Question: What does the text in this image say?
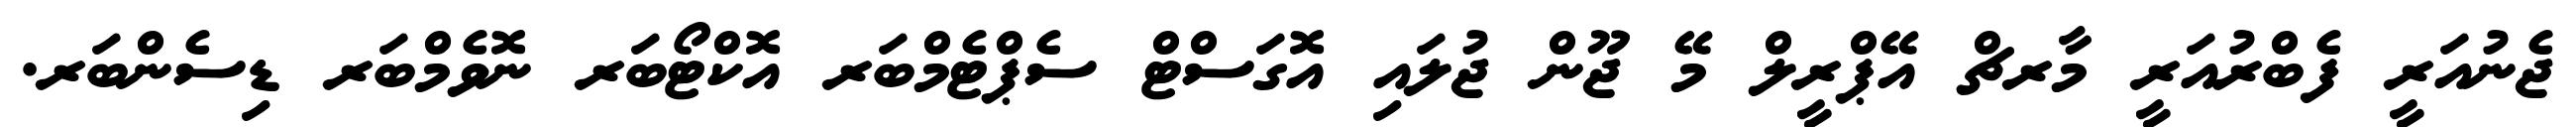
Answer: ޖެނުއަރީ ފެބްރުއަރީ މާރޗް އޭޕްރީލް މޭ ޖޫން ޖުލައި އޮގަސްޓް ސެޕްޓެމްބަރ އޮކްޓޯބަރ ނޮވެމްބަރ ޑިސެންބަރ.